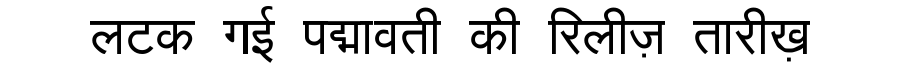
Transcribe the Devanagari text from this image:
लटक गई पद्मावती की रिलीज़ तारीख़